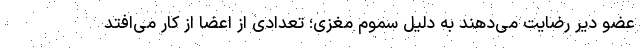
عضو دیر رضایت می‌دهند به دلیل سموم مغزی؛ تعدادی از اعضا از کار می‌افتد